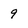
Character: 9